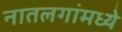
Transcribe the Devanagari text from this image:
नातलगांमध्ये